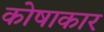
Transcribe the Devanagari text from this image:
कोषाकार